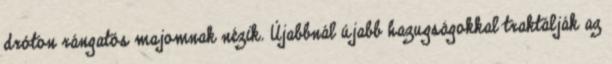
dróton rángatós majomnak nézik. Újabbnál újabb hazugságokkal traktálják az